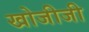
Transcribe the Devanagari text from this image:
खोजीजी